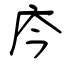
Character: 庈